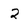
Character: 2